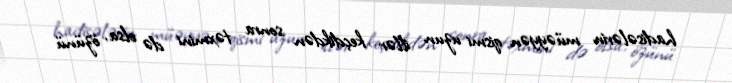
hadisələrin müəyyən qismi uzun illər keçdikdən sonra təxmini də olsa, özünü